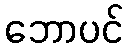
ဘောပင်